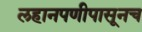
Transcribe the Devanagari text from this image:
लहानपणीपासूनच